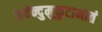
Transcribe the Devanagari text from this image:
नवेन्दुमुकुटाभातं